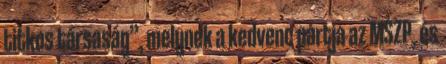
titkos társaság”, melynek a kedvenc pártja az MSZP, és